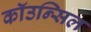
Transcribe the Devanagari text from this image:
कॉउन्सिल